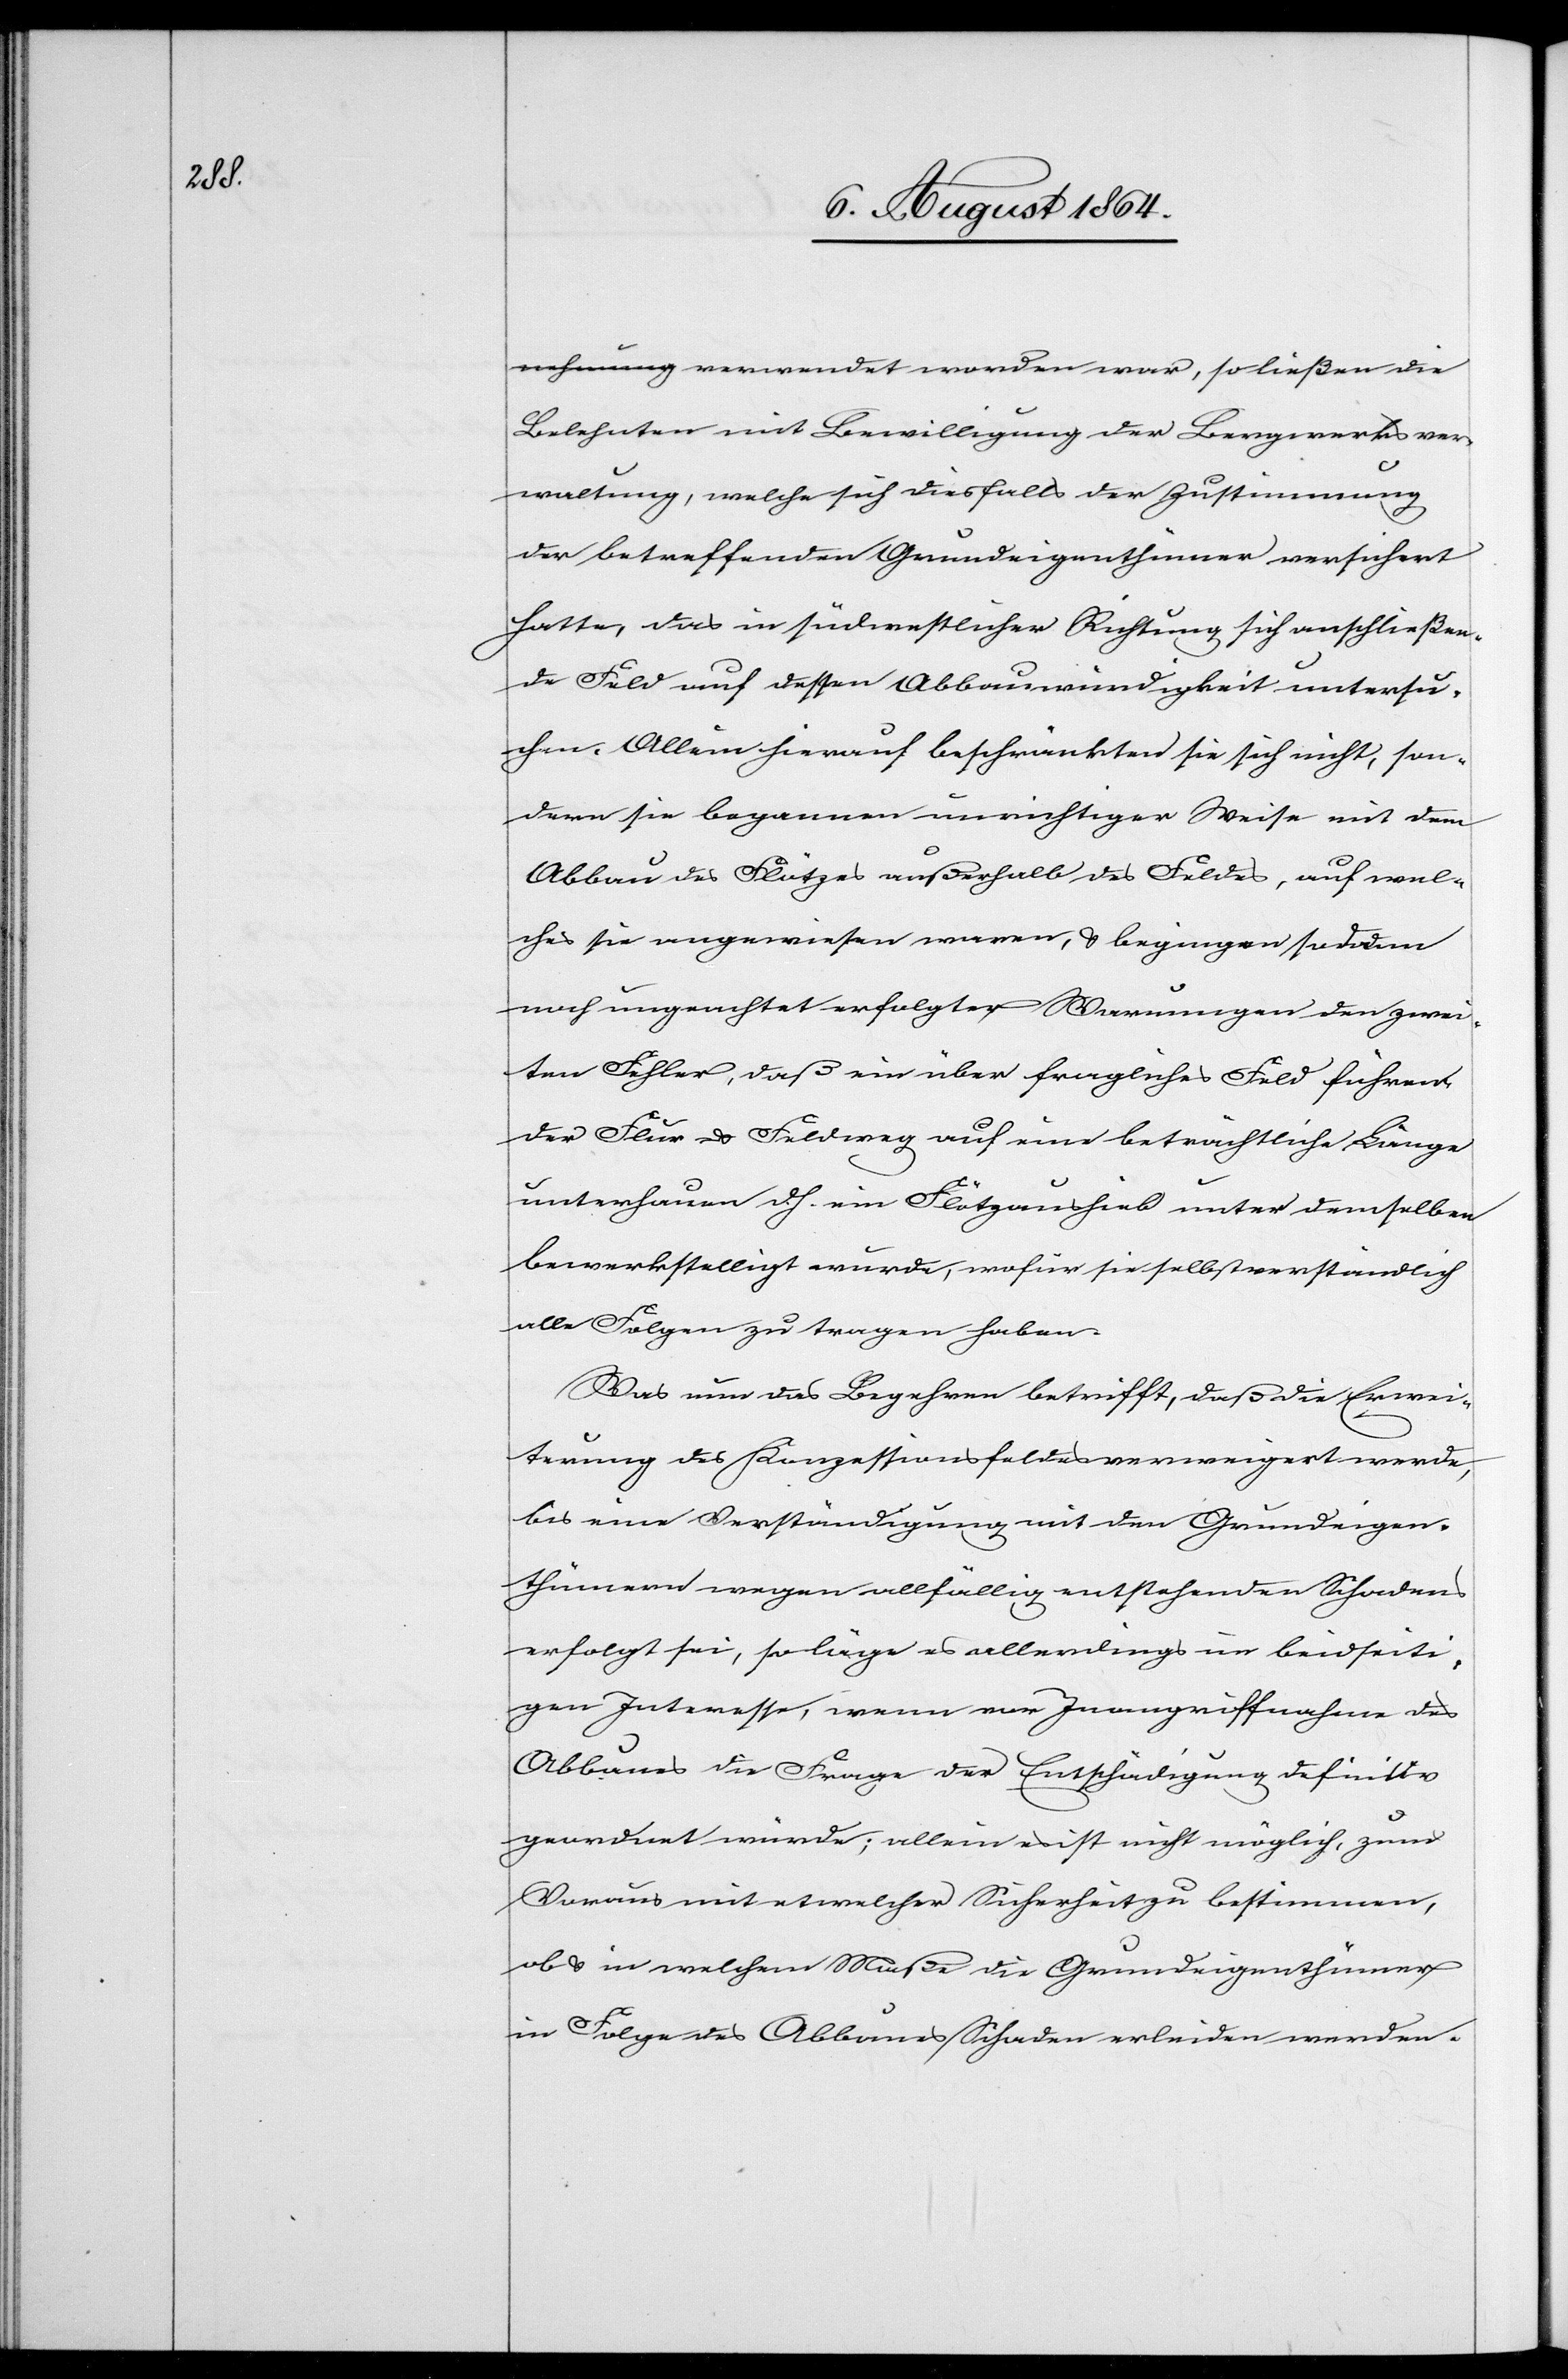
nehmung-a verwendet worden war, so ließen die
Belehnten mit Bewilligung der Bergwerksver¬
waltung, welche sich diesfalls der Zustimmung
der betreffenden Grundeigenthümer versichert
hatte, das in südwestlicher Richtung sich anschließen¬
de Feld auf dessen Abbauwürdigkeit untersu¬
chen. Allein hierauf beschränkten sie sich nicht, son¬
dern sie begannen unrichtiger Weise mit dem
Abbau des Flötzes außerhalb des Feldes, auf wel¬
ches sie angewiesen waren, & begingen sodann
noch ungeachtet erfolgter Warnungen den zwei¬
ten Fehler, daß ein über fragliches Feld führen¬
der Flur- & Feldweg auf eine beträchtliche Länge
unterhauen d. h. ein Flötzaushub unter demselben
bewerkstelligt wurde, wofür sie selbstverständlich
alle Folgen zu tragen haben.
Was nun das Begehren betrifft, daß die Erwei¬
terung des Konzessionsfeldes verweigert werde,
bis eine Verständigung mit den Grundeigen¬
thümern wegen allfällig entstehenden Schadens
erfolgt sei, so läge es allerdings im beidseiti¬
gen Interesse, wenn vor Inangriffnahme des
Abbaues die Frage der Entschädigung definitiv
geordnet würde; allein es ist nicht möglich, zum
Voraus mit etwelcher Sicherheit zu bestimmen,
ob & in welchem Maß die Grundeigenthümer
in Folge des Abbaues Schaden erleiden werden.